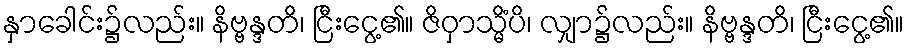
နှာခေါင်း၌လည်း။ နိဗ္ဗန္ဒတိ၊ ငြီးငွေ့၏။ ဇိဝှာသ္မိံပိ၊ လျှာ၌လည်း။ နိဗ္ဗန္ဒတိ၊ ငြီးငွေ့၏။